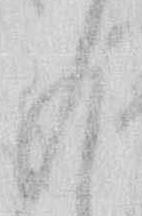
も